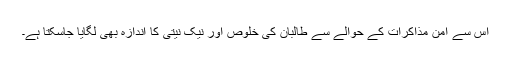
اس سے امن مذاکرات کے حوالے سے طالبان کی خلوص اور نیک نیتی کا اندازہ بھی لگایا جاسکتا ہے۔